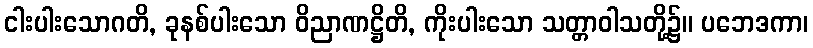
ငါးပါးသောဂတိ, ခုနစ်ပါးသော ဝိညာဏဋ္ဌိတိ, ကိုးပါးသော သတ္တာဝါသတို့၌။ ပဘေဒကာ၊